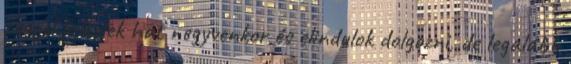
reggel felkelek hat negyvenkor és elindulok dolgozni, de legalább